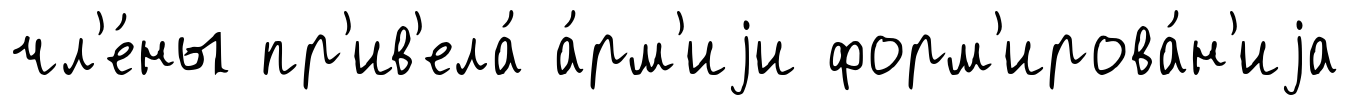
чл'е́ны пр'ив'ела́ а́рм'иjи форм'ирова́н'иjа